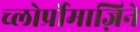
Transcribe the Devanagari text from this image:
च्लोर्प्रोमाज़िने